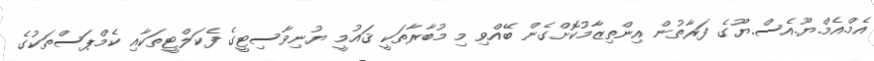
އެމް.އެމް.ޔޫ.އެސް.ޔޫގެ ފަރާތުން އިންތިޒާމުކޮށްގެން ބޭއްވި މި މުބާރާތަކީ ޤައުމީ ޔުނިވާސިޓީގެ ފެކަލްޓީތަކާއި ކެމްޕަސްތަކުގެ